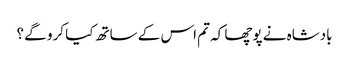
بادشاہ نے پوچھا کہ تم اس کے ساتھ کیا کرو گے ؟